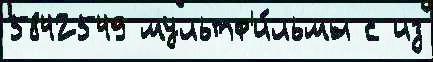
5842549 мультф'и́льмы с из